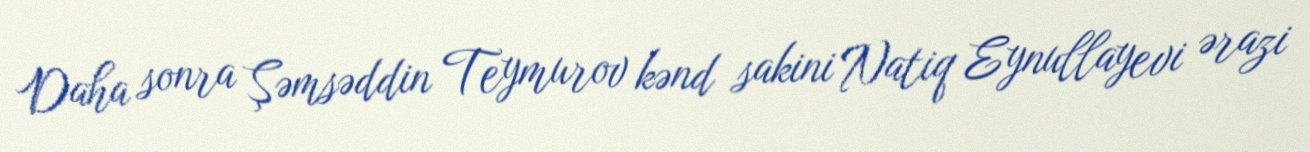
Daha sonra Şəmsəddin Teymurov kənd sakini Natiq Eynullayevi ərazi